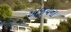
અજયના